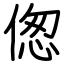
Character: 偬